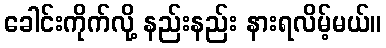
ခေါင်းကိုက်လို့ နည်းနည်း နားရလိမ့်မယ်။